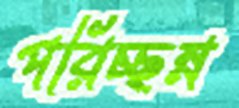
পরিচ্ছন্ন